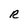
Character: R